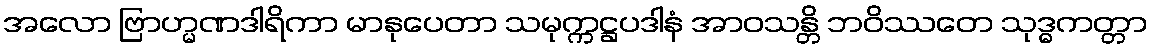
အလော ဗြာဟ္မဏဒါရိကာ မာနုပေတာ သမုက္ကဋ္ဌပဒါနံ အာဝသန္တိ ဘဝိဿတေ သုဒ္ဓကတ္တာ